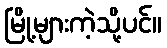
မြို့များကဲ့သို့ပင်။